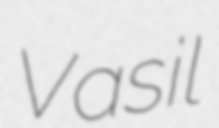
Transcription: Vasil